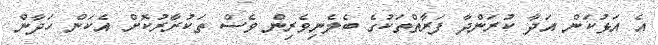
އެ އަޅުކަން އަދާ ކުރަންދާ ފަރާތްތަކުގެ ބެލެނިވެރިން ވެސް ތަކުރާރުކޮށް އެކަން ހަދާން